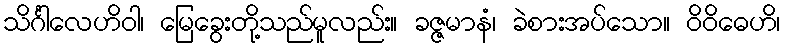
သိင်္ဂါလေဟိဝါ၊ မြေခွေးတို့သည်မူလည်း။ ခဇ္ဇမာနံ၊ ခဲစားအပ်သော။ ဝိဝိဓေဟိ၊